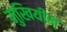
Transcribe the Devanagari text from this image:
मुखियीन्